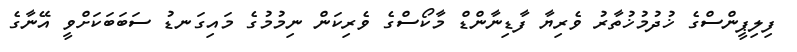
ފިލިޕީންސްގެ ޚުދުމުޚުތާރު ވެރިޔާ ފާޑިނާންޑް މާކޯސްގެ ވެރިކަން ނިމުމުގެ މައިގަނޑު ސަބަބަކަށްވީ އޭނާގެ